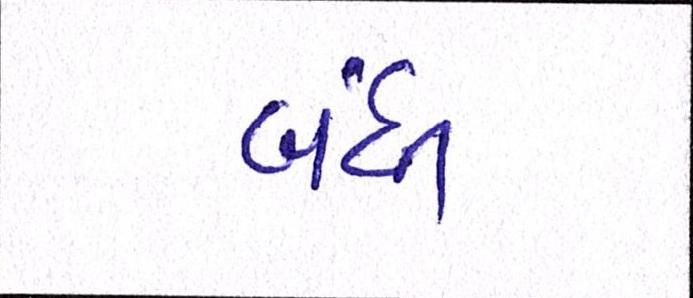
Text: બંધી